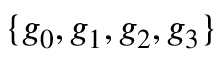
\{ g _ { 0 } , g _ { 1 } , g _ { 2 } , g _ { 3 } \}